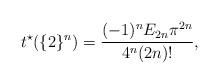
LaTeX: \begin{align*}t^{\star}(\{2\}^n)=\frac{(-1)^nE_{2n}\pi^{2n}}{4^n(2n)!},\end{align*}